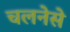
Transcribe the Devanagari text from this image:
चलनेसे